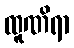
ထူဏိရာ